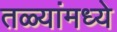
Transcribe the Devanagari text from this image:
तळ्यांमध्ये